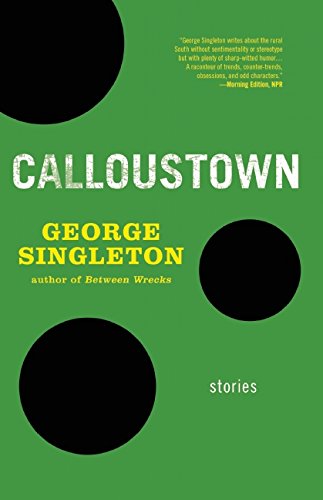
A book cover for Calloustown; George Singleton; Literature & Fiction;